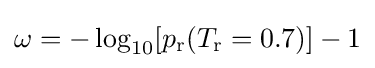
\omega =-\log _{10}[p_{\text{r}}(T_{\text{r}}=0.7)]-1